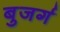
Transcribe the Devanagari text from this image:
बुजर्ग